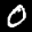
Label: 0